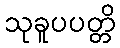
သုခူပပတ္တိ